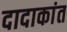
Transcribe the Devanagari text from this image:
दादाकांत